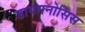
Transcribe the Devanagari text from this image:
डायगनोसिस